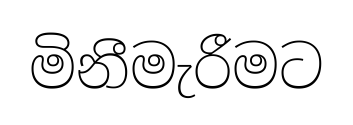
මිනීමැරීමට